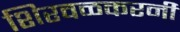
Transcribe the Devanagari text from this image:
शिरवळकरनी